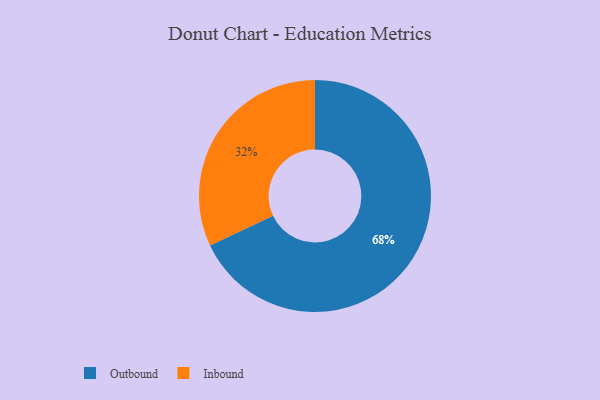
{"axis": {"x": "Category", "y": "Percentage"}, "legend": ["Inbound", "Outbound"], "data": [{"x": "Outbound", "y": 68, "type": "Outbound"}, {"x": "Inbound", "y": 32, "type": "Inbound"}]}